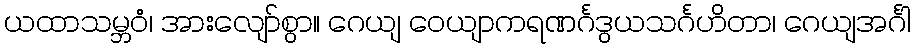
ယထာသမ္ဘဝံ၊ အားလျော်စွာ။ ဂေယျ ဝေယျာကရဏင်္ဂဒွယသင်္ဂဟိတာ၊ ဂေယျအင်္ဂါ